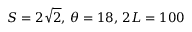
S = 2 \sqrt { 2 } , \, \theta = 1 8 , \, 2 L = 1 0 0